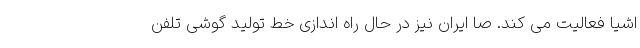
اشیا فعالیت می کند. صا ایران نیز در حال راه اندازی خط تولید گوشی تلفن